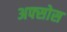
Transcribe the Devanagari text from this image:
अफ्सोस